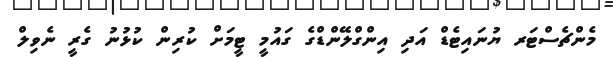
މެންޗެސްޓަރ ޔުނައިޓެޑް އަދި އިންގްލޭންޑްގެ ގައުމީ ޓީމަށް ކުރިން ކުޅުނު ގެރީ ނެވިލް